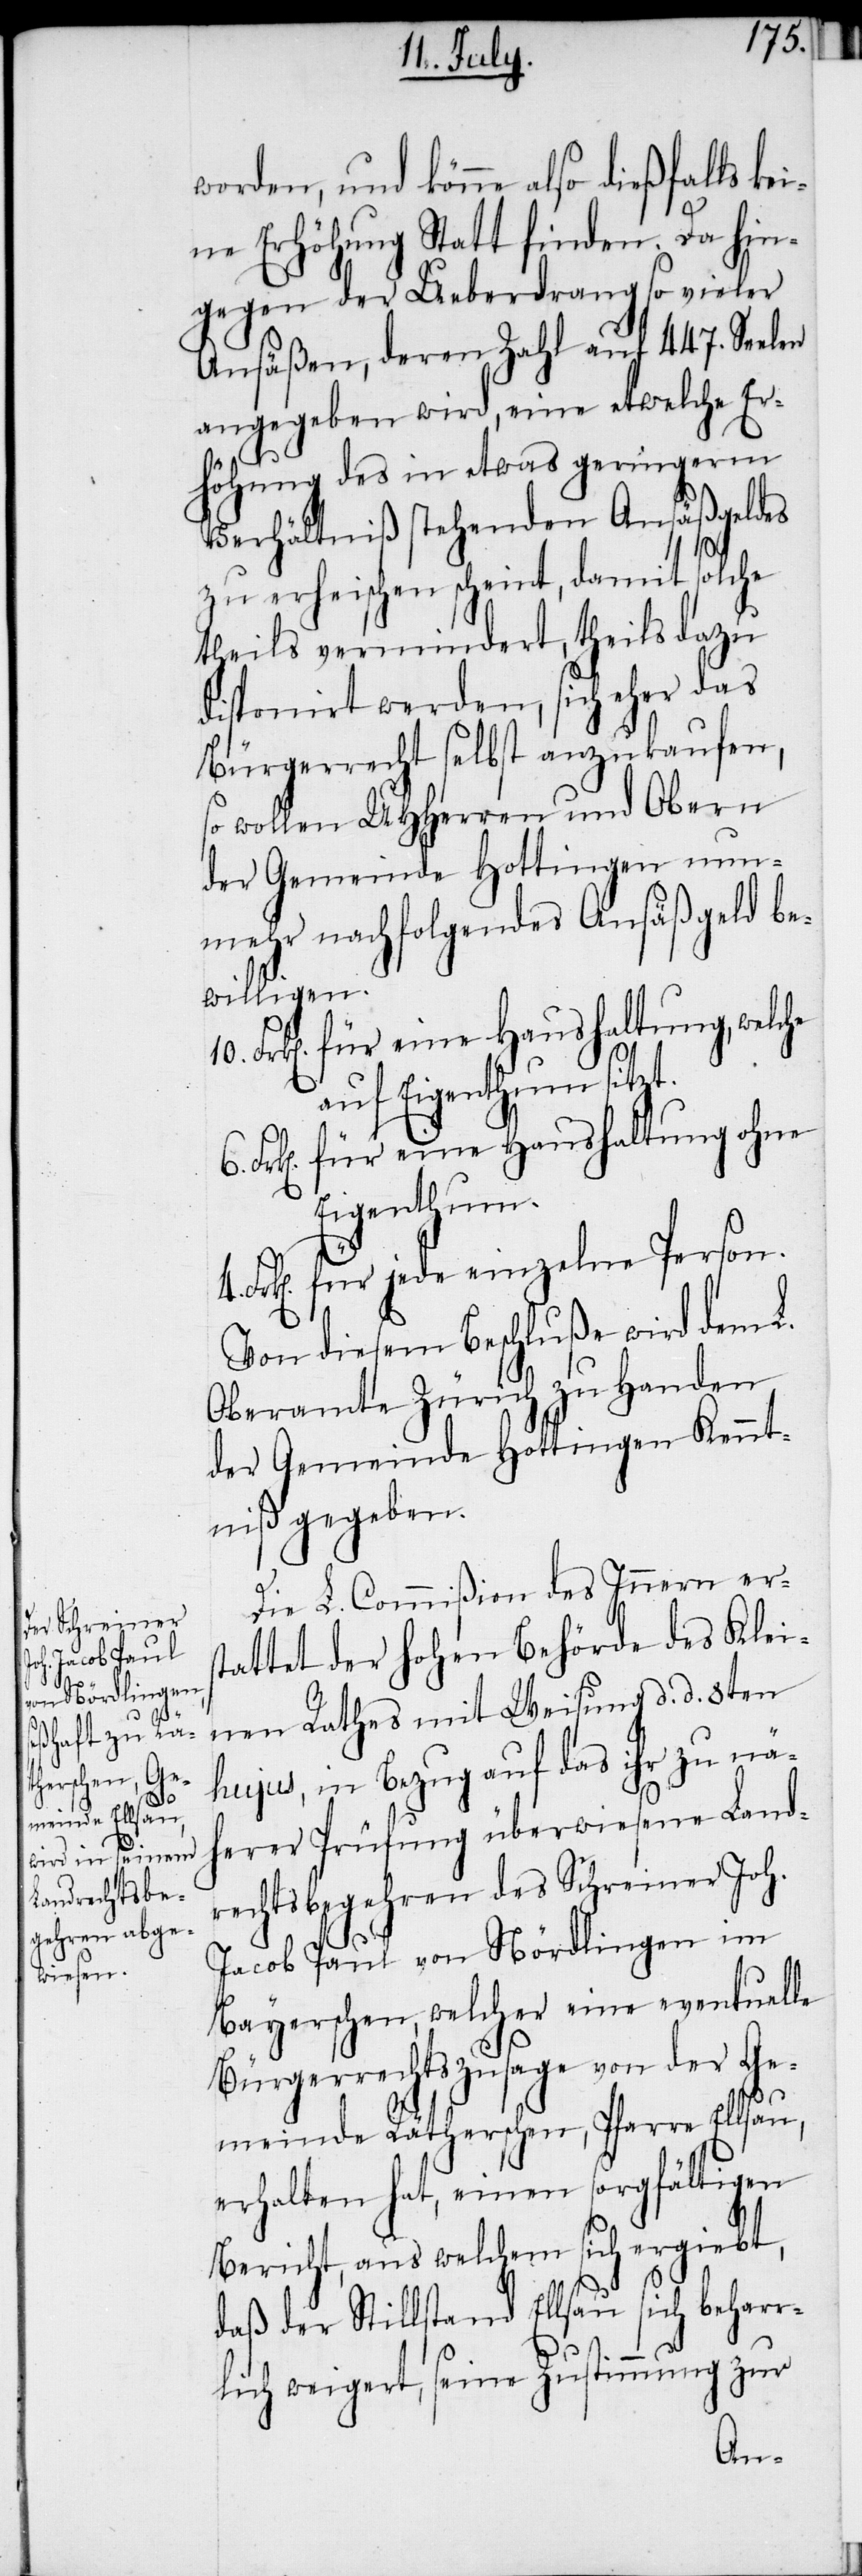
10.
6.

worden, und könne also dießfalls ke¬
ine Erhöhung Statt finden. Da hin¬
gegen der Ueberdrang so vieler
Ansäßen, deren Zahl auf 447. Seelen
angegeben wird, eine etwelche Er¬
höhung des in etwas geringerm
Verhältniß stehenden Ansäßgeldes
zu erheischen scheint, damit solche
theils vermindert, theils dazu
disponirt werden, sich eher das
Bürgerrecht selbst anzukaufen,
so wollen UHHerren und Obern
der Gemeinde Hottingen nun¬
mehr nachfolgendes Ansäßgeld be¬
willigen.
Frk[en]. für eine Haushaltung, welche
4.
auf Eigenthum sitzt.
Frk[en]. für eine Haushaltung ohne
Eigenthum.
Frk[en]. für jede einzelne Person.
Von diesem Beschluße wird dem L.
Oberamte Zürich zu Handen
der Gemeinde Hottingen Kennt¬
niß gegeben.
Die L. Commißion des Innern ers¬
tattet der hohen Behörde des Klei¬
nen Rathes mit Weisung d. d. 8ten
hujus, in Bezug auf das ihr zu näh¬
erer Prüfung überwiesene Land¬
rechtsbegehren des Schreiner Joh.
Jacob Paul von Nördlingen im
Bayerschen, welcher eine eventuelle
Bürgerrechtszusage von der Ge¬
meinde Rätherschen, Pfarre Ellsau,
erhalten hat, einen sorgfältigen
Bericht, aus welchem sich ergiebt,
daß der Stillstand Ellsau sich beharr¬
lich weigert, seine Zustimmung zur